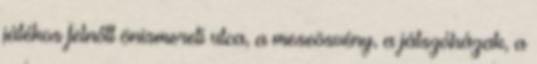
játékos felnőtt önismereti utca, a meseösvény, a játszóházak, a